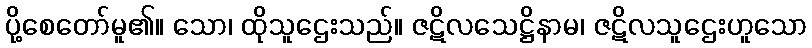
ပို့စေတော်မူ၏။ သော၊ ထိုသူဌေးသည်။ ဇဋိလသေဋ္ဌိနာမ၊ ဇဋိလသူဌေးဟူသော